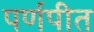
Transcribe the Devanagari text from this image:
पर्णपीत